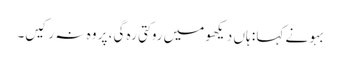
بہو نے کہا : ہاں دیکھو میں روکتی رہ گی، پر وہ نہ رکیں۔